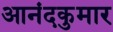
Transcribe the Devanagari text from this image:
आनंदकुमार